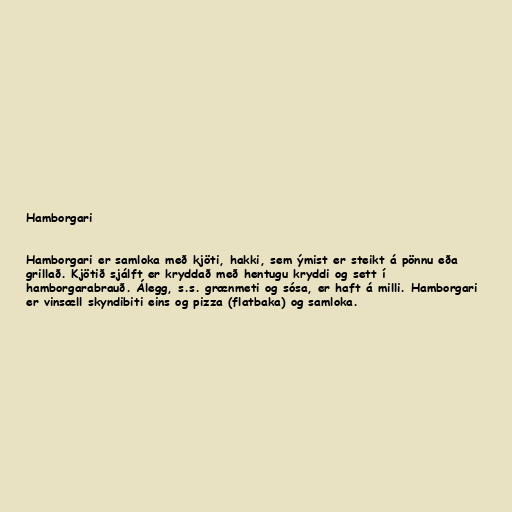
Hamborgari

Hamborgari er samloka með kjöti, hakki, sem ýmist er steikt á pönnu eða
grillað. Kjötið sjálft er kryddað með hentugu kryddi og sett í
hamborgarabrauð. Álegg, s.s. grænmeti og sósa, er haft á milli. Hamborgari
er vinsæll skyndibiti eins og pizza (flatbaka) og samloka.